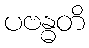
ပဗန္ဓတိ